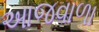
આજવાળા